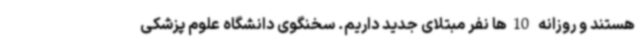
هستند و روزانه 10ها نفر مبتلای جدید داریم. سخنگوی دانشگاه علوم پزشکی